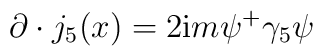
\partial \cdot j_5(x)=2{\rm i}m\psi ^{+}\gamma _5\psi